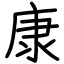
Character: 康